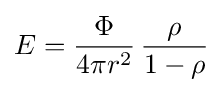
E={\frac {\Phi }{4\pi r^{2}}}\,{\frac {\rho }{1-\rho }}